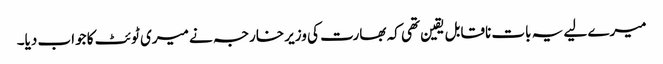
میرے لیے یہ بات ناقابل یقین تھی کہ بھارت کی وزیر خارجہ نے میری ٹوئٹ کا جواب دیا۔